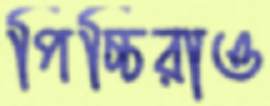
পিচ্চিরাও